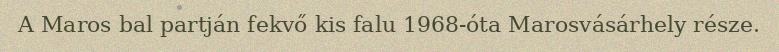
A Maros bal partján fekvő kis falu 1968-óta Marosvásárhely része.